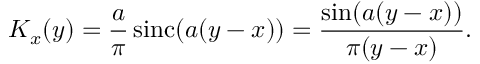
K _ { x } ( y ) = { \frac { a } { \pi } } \operatorname { s i n c } ( a ( y - x ) ) = { \frac { \sin ( a ( y - x ) ) } { \pi ( y - x ) } } .